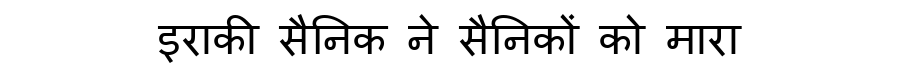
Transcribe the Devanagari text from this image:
इराकी सैनिक ने सैनिकों को मारा